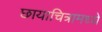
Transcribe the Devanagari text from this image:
छायाचित्रामध्ये